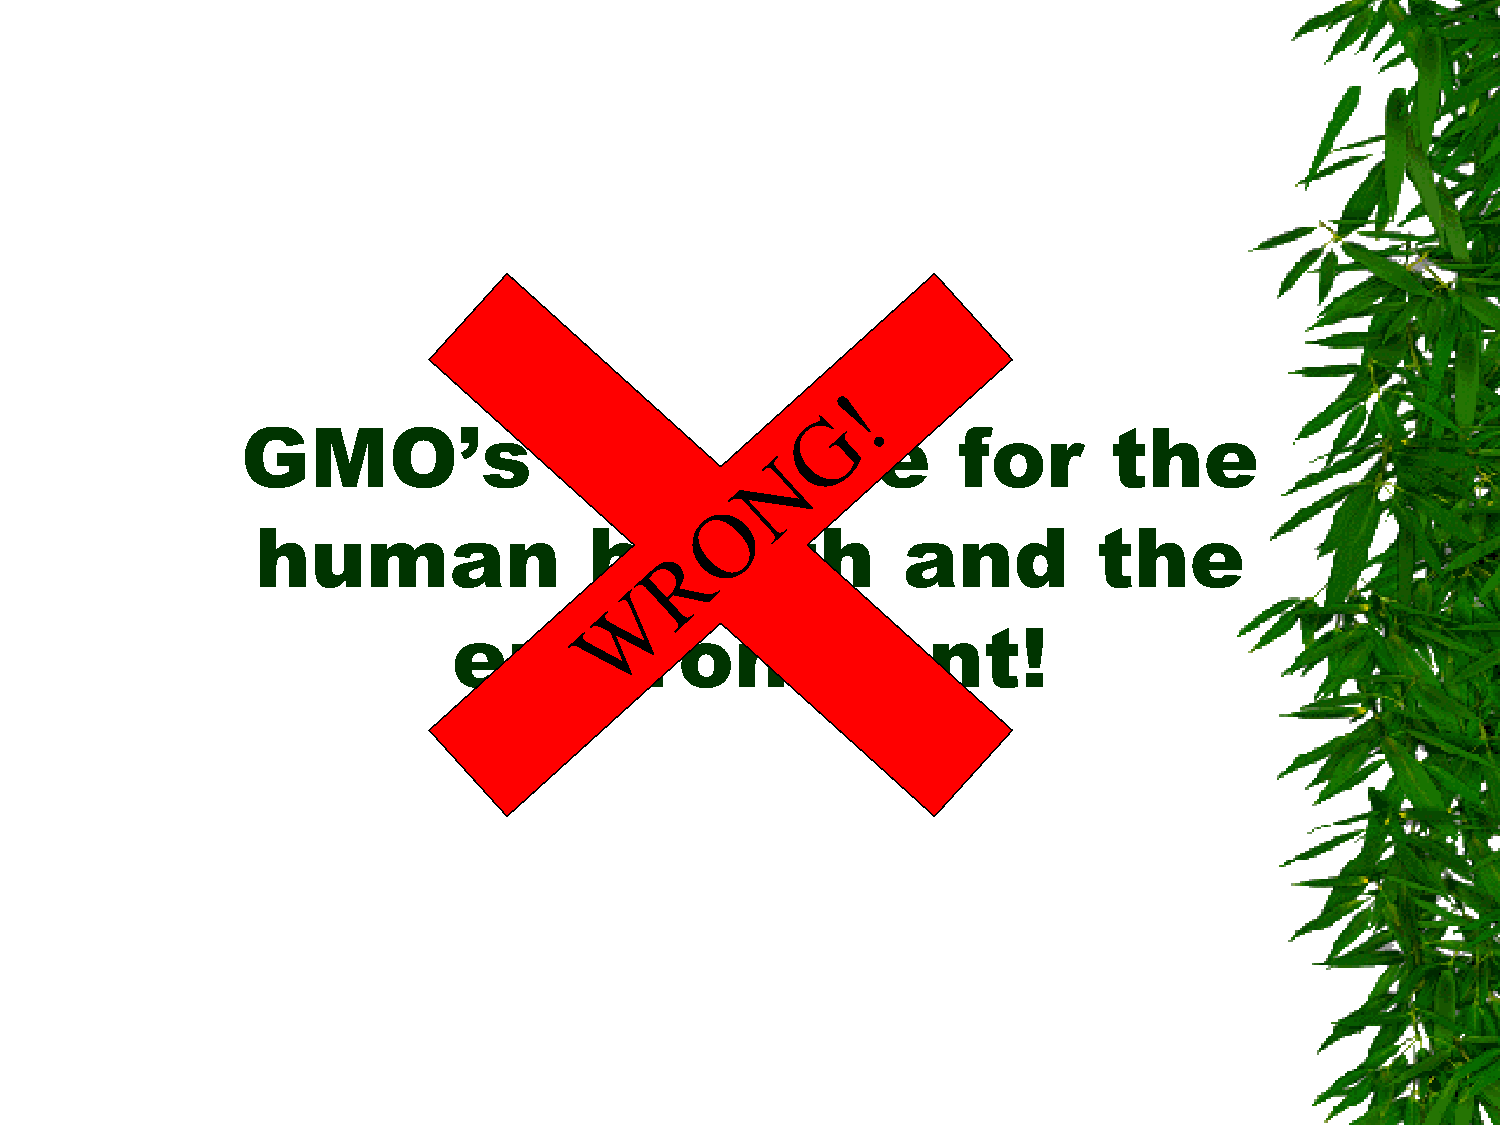
GMO’s                are         safe          for        the
 human                 health               and          the
 environment!